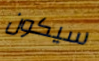
سيكون